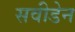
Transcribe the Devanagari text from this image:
सवीडेन